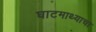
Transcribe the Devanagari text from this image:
घाटमाथ्याचा